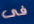
فى